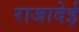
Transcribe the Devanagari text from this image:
राजादेई